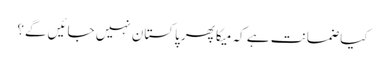
کیا ضمانت ہے کہ میکا پھر پاکستان نہیں جائیں گے؟